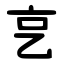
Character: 㐔